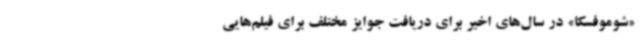
«شوموفسکا» در سال‌های اخیر برای دریافت جوایز مختلف برای فیلم‌هایی